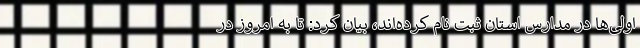
اولی‌ها در مدارس استان ثبت نام کرده‌اند، بیان کرد: تا به امروز در